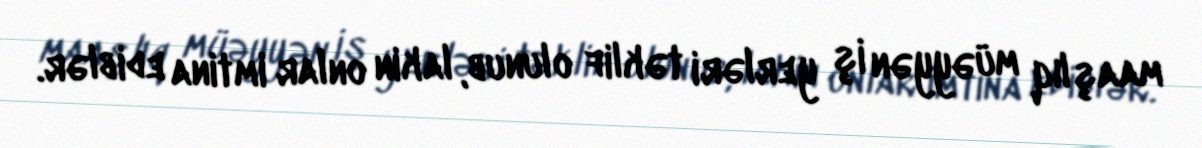
maaşlıq müəyyən iş yerləri təklif olunub, lakin onlar imtina ediblər.